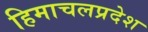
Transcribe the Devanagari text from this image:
हिमाचलप्रदेश